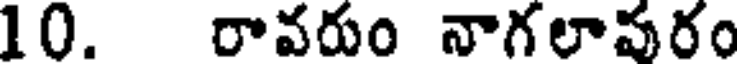
10. రావరుం నాగలాపరం